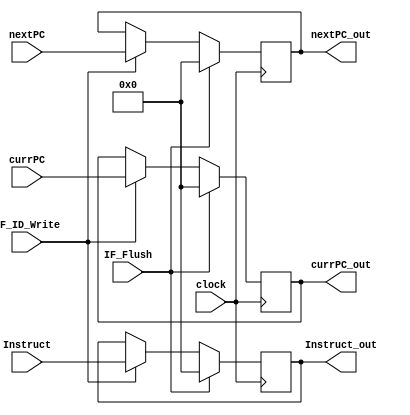
// State Registers
module IF_ID_State_Reg(
    input                   clock,IF_Flush, IF_ID_Write,
    input       [31:0]      currPC,
    input       [31:0]      nextPC,
    input       [31:0]      Instruct,
    output reg  [31:0]      currPC_out,
    output reg  [31:0]      nextPC_out,
    output reg  [31:0]      Instruct_out
);

    initial begin
        currPC_out = 0; 
        nextPC_out = 0; 
        Instruct_out = 0;
    end

    always @ (posedge clock) begin
        if(IF_Flush == 1'b1)begin
            Instruct_out<=0;
            currPC_out <= 0; 
            nextPC_out <= 0; 
        end
        else if(IF_ID_Write == 1'b1)begin
            currPC_out <= currPC;
            nextPC_out<= nextPC;
            Instruct_out <= Instruct;
        end


    end
    
endmodule

module ID_EX_State_Reg(
    input                   clock,
    //control unit
    input                   RegWrite,   //WB
    input       [1:0]       MemtoReg,   //WB
    input                   MemRead,    //MEM
    input                   MemWrite,   //MEM
    input                   Jump,       //EX
    input                   ALUSrc,     //EX
    input       [1:0]       ALUOp,      //EX
    input       [31:0]      nextPC,
    input       [31:0]      crntPC,
    input       [31:0]      Read_rs1,
    input       [31:0]      Read_rs2,
    input       [4:0]       Reg_rs1_addr,
    input       [4:0]       Reg_rs2_addr,
    input       [31:0]      Imm_Gen,
    input       [4:0]       Write_rd,
    input       [3:0]       ALU_Instruct,
    output reg              RegWrite_out,   //WB
    output reg  [1:0]       MemtoReg_out,   //WB
    output reg              MemRead_out,    //MEM
    output reg              MemWrite_out,   //MEM
    output reg              Jump_out,       //EX
    output reg              ALUSrc_out,     //EX
    output reg  [1:0]       ALUOp_out,      //EX
    output reg  [31:0]      crntPC_out,
    output reg  [31:0]      nextPC_out,
    output reg  [31:0]      Read_rs1_out,
    output reg  [31:0]      Read_rs2_out,
    output reg  [4:0]       Reg_rs1_addr_out, //Bug_01
    output reg  [4:0]       Reg_rs2_addr_out, //Bug_01
    output reg  [31:0]      Imm_Gen_out,
    output reg  [4:0]       write_rd_out,
    output reg  [3:0]       ALU_Instruct_out
);

    initial begin
        RegWrite_out = 0; MemtoReg_out = 0; MemRead_out = 0; MemWrite_out = 0; Jump_out = 0; ALUSrc_out = 0; Reg_rs1_addr_out=0;Reg_rs2_addr_out=0;
        ALUOp_out = 0; crntPC_out = 0; nextPC_out = 0; Read_rs1_out = 0; Read_rs2_out = 0; Imm_Gen_out = 0; write_rd_out = 0; ALU_Instruct_out = 0;
    end

    always @ (posedge clock) begin
        RegWrite_out    <= RegWrite;
        MemtoReg_out    <= MemtoReg;
        MemRead_out     <= MemRead;
        MemWrite_out    <= MemWrite;
        Reg_rs1_addr_out<= Reg_rs1_addr;
        Reg_rs2_addr_out<= Reg_rs2_addr;
        Jump_out        <= Jump;
        ALUSrc_out      <= ALUSrc;
        ALUOp_out       <= ALUOp;
        crntPC_out      <= crntPC;
        nextPC_out      <= nextPC;
        Read_rs1_out     <= Read_rs1;
        Read_rs2_out     <= Read_rs2;
        write_rd_out      <= Write_rd;
        Imm_Gen_out     <= Imm_Gen;
        ALU_Instruct_out <= ALU_Instruct;
    end

endmodule

module EX_MEM_State_Reg(
    input                   clock,
    input                   RegWrite,   //WB
    input       [1:0]       MemtoReg,   //WB
    input                   MemRead,    //MEM
    input                   MemWrite,   //MEM
    input       [31:0]      imm,
    input       [31:0]      nextPC,
    input       [31:0]      ALUResult,
    input       [31:0]      ForwardB,
    input       [4:0]       Reg_rs2_addr,
    input       [2:0]       Funct3,
    input       [4:0]       Write_rd,
    output reg              RegWrite_out,   //WB
    output reg  [1:0]       MemtoReg_out,   //WB
    output reg              MemRead_out,    //MEM
    output reg              MemWrite_out,   //MEM
    output reg  [31:0]      imm_out,
    output reg  [31:0]      nextPC_out,
    output reg  [31:0]      ALUResult_out,
    output reg  [31:0]      ForwardB_out,
    output reg  [2:0]       Funct3_out,
    output reg  [4:0]       write_rd_out,
    output reg  [4:0]       Reg_rs2_addr_out
);

    initial begin
        RegWrite_out = 0; MemtoReg_out = 0; MemRead_out = 0; MemWrite_out = 0;  nextPC_out = 0;imm_out=0;
        ALUResult_out = 0;  Funct3_out = 0;write_rd_out = 0;Reg_rs2_addr_out=0;
    end

    always @ (posedge clock) begin
        RegWrite_out    <= RegWrite;
        MemtoReg_out    <= MemtoReg;
        MemRead_out     <= MemRead;
        MemWrite_out    <= MemWrite;
        Reg_rs2_addr_out <= Reg_rs2_addr;
        nextPC_out      <= nextPC;
        ALUResult_out   <= ALUResult;
        imm_out <= imm;
        Funct3_out      <= Funct3;
        write_rd_out      <= Write_rd;
    end

endmodule

module MEM_WB_State_Reg(
    input                   clock,
    input                   MemRead,
    input                   RegWrite,   //WB
    input       [1:0]       MemtoReg,   //WB
    input       [31:0]      nextPC,
    input       [31:0]      imm,
    input       [31:0]      ReadData,
    input       [31:0]      ALUResult,
    input       [4:0]       Write_rd,
    output reg              MemRead_out,
    output reg              RegWrite_out,   //WB
    output reg  [1:0]       MemtoReg_out,   //WB
    output reg  [31:0]      nextPC_out,
    output reg  [31:0]      imm_out,
    output reg  [31:0]      ReadData_out,
    output reg  [31:0]      ALUResult_out,
    output reg  [4:0]       write_rd_out
);

    initial begin
        RegWrite_out = 0; MemtoReg_out = 0; ReadData_out = 0; ALUResult_out = 0; write_rd_out = 0; nextPC_out=0;MemRead_out=0;imm_out=0;
    end
    
    always @ (posedge clock) begin
        MemRead_out     <= MemRead;
        RegWrite_out    <= RegWrite;
        MemtoReg_out    <= MemtoReg;
        nextPC_out      <= nextPC;
        imm_out         <= imm;
        ReadData_out    <= ReadData;
        ALUResult_out   <= ALUResult;
        write_rd_out      <= Write_rd;
    end

endmodule